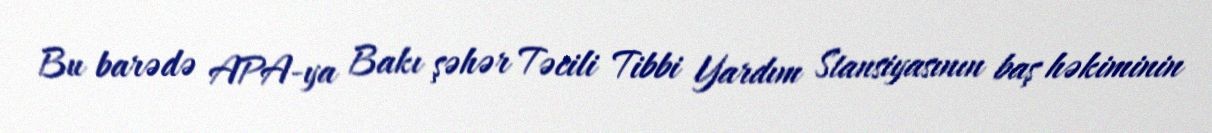
Bu barədə APA-ya Bakı şəhər Təcili Tibbi Yardım Stansiyasının baş həkiminin